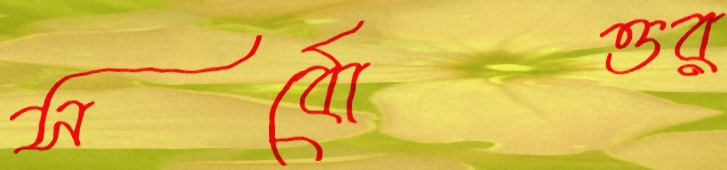
সর্বোত্তর